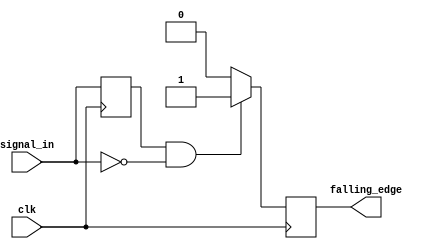
module falling_edge_detector (
    input wire clk,            // Clock signal
    input wire signal_in,      // Input signal whose falling edge is to be detected
    output reg falling_edge    // Output pulse indicating falling edge
);

// Internal Register to hold the previous state of signal_in
reg prev_signal;

// Always block triggered on the rising edge of the clock
always @(posedge clk) begin
    // Detect the falling edge
    if (prev_signal == 1'b1 && signal_in == 1'b0) begin
        falling_edge <= 1'b1;  // Set output high for one clock cycle
    end else begin
        falling_edge <= 1'b0;  // Reset output otherwise
    end

    // Update the previous signal state
    prev_signal <= signal_in;
end

endmodule